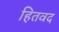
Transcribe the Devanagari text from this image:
हितवद